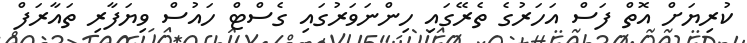
ކުރިޔަށް އޮތް ފަސް އަހަރުގެ ތެރޭގައި ހިންނަވަރުގައި ގެސްޓް ހައުސް ވިޔަފާރި ތައާރަފް